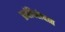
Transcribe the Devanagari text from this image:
प्रथंविरोधात